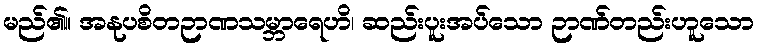
မည်၏။ အနုပစိတဉာဏသမ္ဘာရေဟိ၊ ဆည်းပူးအပ်သော ဉာဏ်တည်းဟူသော